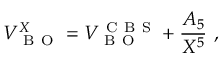
V _ { \mathrm { ~ B ~ O ~ } } ^ { X } = V _ { \mathrm { ~ B ~ O ~ } } ^ { \mathrm { ~ C ~ B ~ S ~ } } + \frac { A _ { 5 } } { X ^ { 5 } } \ ,